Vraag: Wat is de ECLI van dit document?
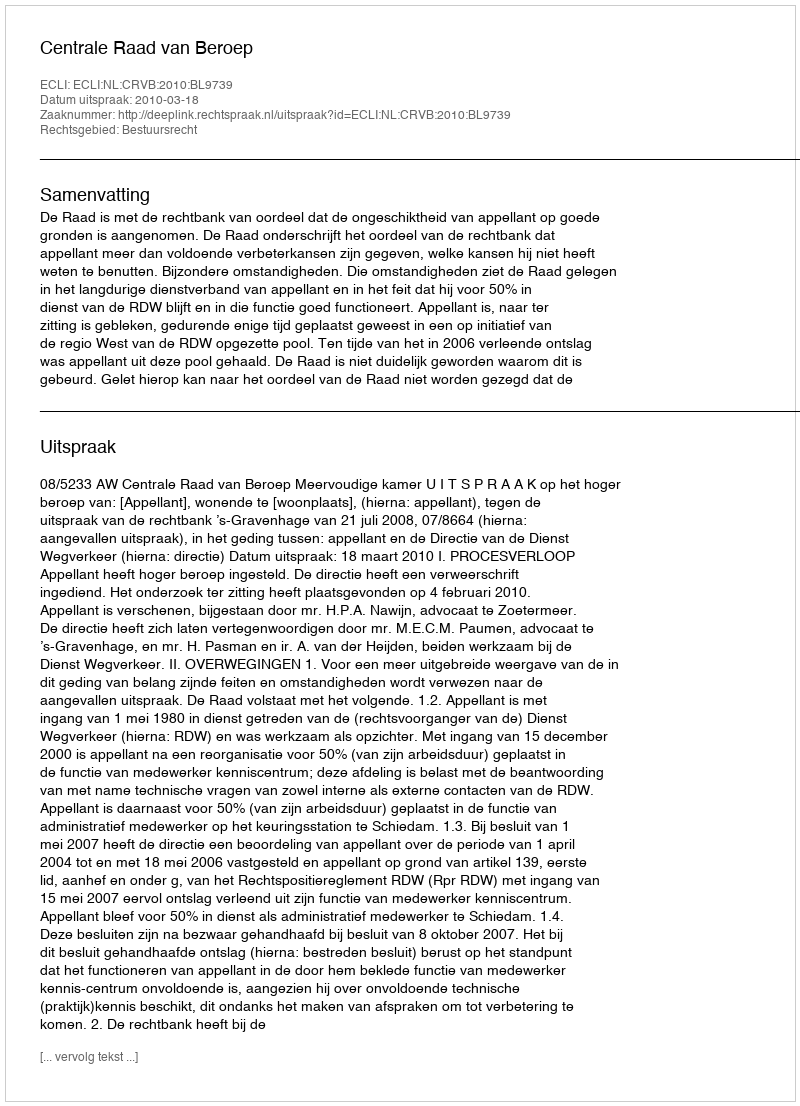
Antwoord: ECLI:NL:CRVB:2010:BL9739